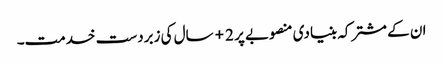
ان کے مشترکہ بنیادی منصوبے پر 2+ سال کی زبردست خدمت۔